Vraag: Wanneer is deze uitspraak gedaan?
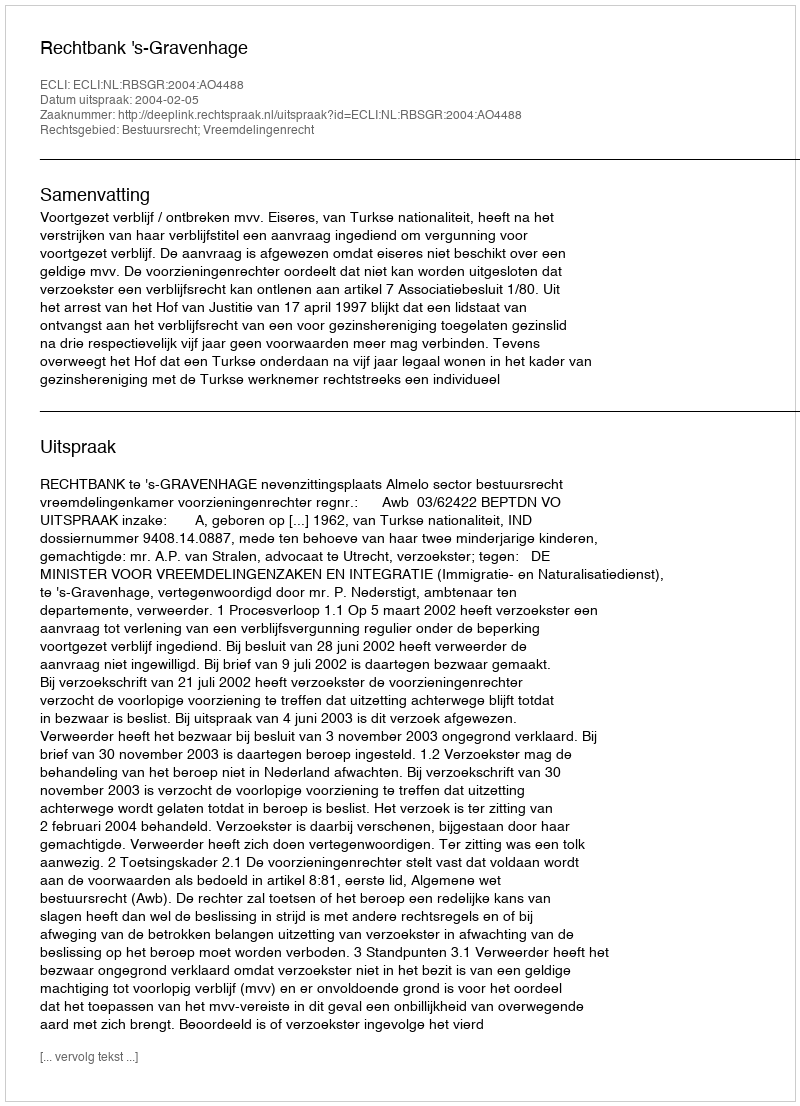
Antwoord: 2004-02-05